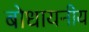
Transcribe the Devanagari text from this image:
बोधायनीय